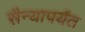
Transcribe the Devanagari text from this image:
सैन्यापर्यंत